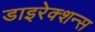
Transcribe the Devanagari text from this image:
डाइरेक्शन्स